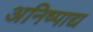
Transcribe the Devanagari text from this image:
अनिष्पाद्य